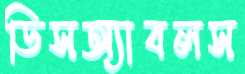
ডিসঅ্যাবলস